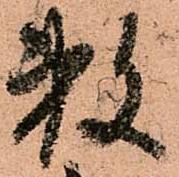
数